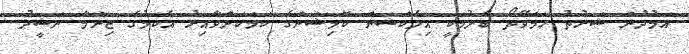
އަމުދުން ޝަރުތު ހަމަވޭތޯ ބެލުމަކީ އިލެކްޝަން ކޮމިޝަންގެ ކަމަކަށްވާއިރު އެކަމުގެ ޒިންމާ ނަޝީދު